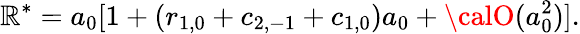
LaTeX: {\cal\mathbb{R}}^{*}=a_{0}[1+(r_{1,0}+c_{2,-1}+c_{1,0})a_{0}+{\calO}(a_{0}^{2})].